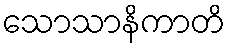
သောသာနိကာတိ